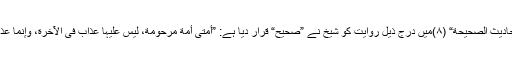
۳-”سلسلة الأحادیث الصحیحة“ (۸)میں درج ذیل روایت کو شیخ نے ”صحیح“ قرار دیا ہے: ”أمتی أمةٌ مرحومةٌ، لیس علیہا عذابٌ فی الآخرة، وإنما عذابہا فی الدنیا“۔